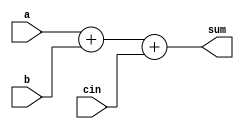
module adder(
	input [6:0] a,
	input [6:0] b,
	input cin,
	output wire[7:0] sum
    );	
	assign sum = a + b + cin;
endmodule